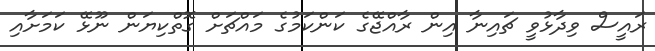
ރައީސް ވިދާޅުވީ ޗައިނާ އިން ރާއްޖޭގެ ކަންކަމުގެ މައްޗަށް ގޮތްކިޔަން ނޫޅޭ ކަމަށާއި